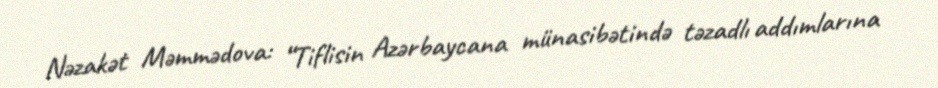
Nəzakət Məmmədova: “Tiflisin Azərbaycana münasibətində təzadlı addımlarına